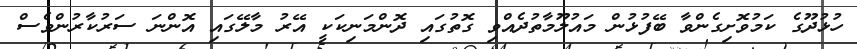
ހުޅުދޫގެ ކަމުވޮށިގެންވާ ބޭފުޅުން މައުލޫމާތުދެއްވި ގޮތުގައި ދޮންމަނިކަކީ އޭރު މާލޭގައި އޮންނަ ސަރުކާރުންވެސް